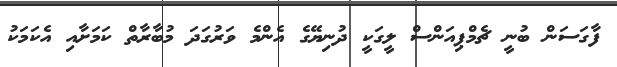
ފާގަސަން ބުނީ ޗެމްޕިއަންސް ލީގަކީ ދުނިޔޭގެ އެންމެ ވަރުގަދަ މުބާރާތް ކަމަށާއި އެކަމަކު